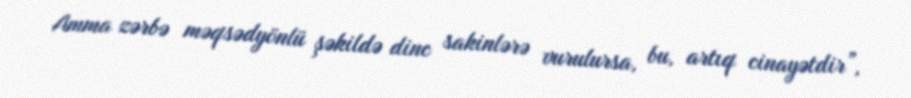
Amma zərbə məqsədyönlü şəkildə dinc sakinlərə vurulursa, bu, artıq cinayətdir”,